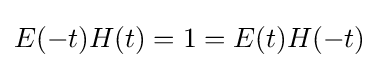
E(-t)H(t)=1=E(t)H(-t)